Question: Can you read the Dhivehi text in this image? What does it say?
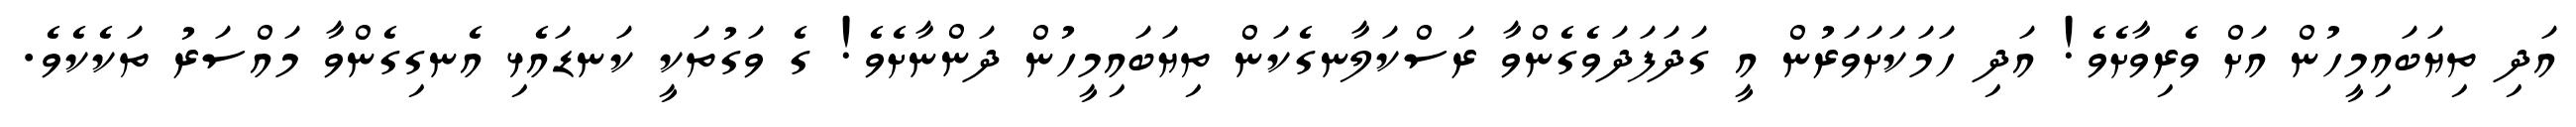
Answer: އަދި ތިޔަބައިމީހުން އަށް ވެރިވާށެވެ! އަދި ހަމަކަށަވަރުން އީ ގަދަފަދަވެގެންވާ ރަސްކަލާނގެކަން ތިޔަބައިމީހުން ދަންނާށެވެ! ގެ ވަގުތަކީ ކަނޑައެޅި އެނގިގެންވާ މައްސަރު ތަކެކެވެ.